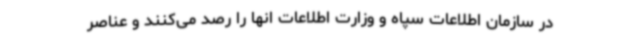
در سازمان اطلاعات سپاه و وزارت اطلاعات انها را رصد می‌کنند و عناصر